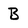
Character: B